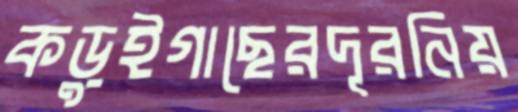
কড়ুইগাছেরদূরনিয়